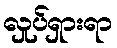
လှုပ်ရှားရာ